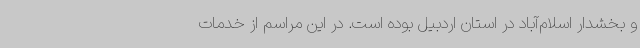
و بخشدار اسلام‌آباد در استان اردبیل بوده است. در این مراسم از خدمات